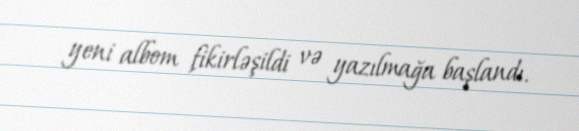
yeni albom fikirləşildi və yazılmağa başlandı.